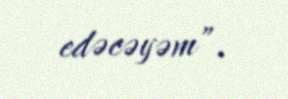
edəcəyəm”.